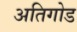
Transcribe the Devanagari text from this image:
अतिगोड